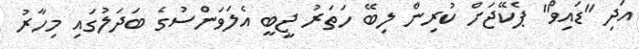
އަދި "ޑައިވް" ޕެކޭޖަށް ކުރިން ލިބޭ ހަތަރު ޖީބީ އެލަވަންސުގެ ބަދަލުގައި މިހާރު